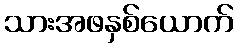
သားအဖနှစ်ယောက်